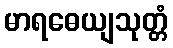
မာရဓေယျသုတ္တံ